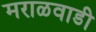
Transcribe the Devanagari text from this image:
मराळवाडी